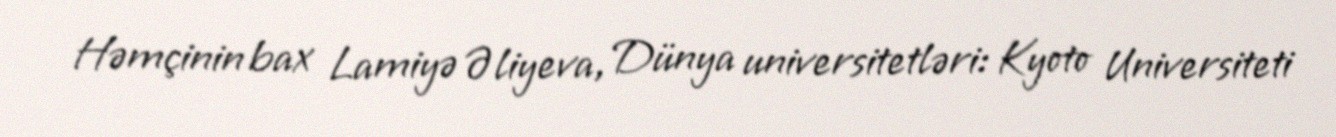
Həmçinin bax Lamiyə Əliyeva, Dünya universitetləri: Kyoto Universiteti